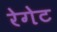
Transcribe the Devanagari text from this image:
रेगेट